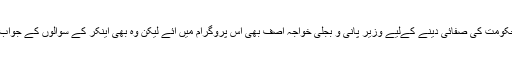
پروگرام میں حکومت کی صفائی دینے کےلیے وزیر پانی و بجلی خواجہ آصف بھی اس پروگرام میں آئے لیکن وہ بھی اینکر کے سوالوں کے جواب نہ دے سکے۔